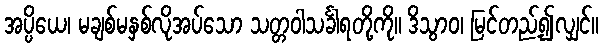
အပ္ပိယေ၊ မချစ်မနှစ်လိုအပ်သော သတ္တဝါသင်္ခါရတို့ကို။ ဒိသွာဝ၊ မြင်တည့်၍လျှင်။